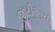
જીટીઆરઇ